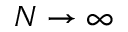
N \rightarrow \infty